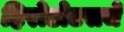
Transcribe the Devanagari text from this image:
हिरोडोटसचे